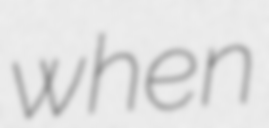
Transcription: when